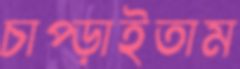
চাপ্‌ড়াইতাম